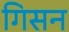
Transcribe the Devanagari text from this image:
गिसन